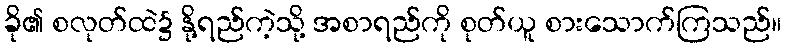
ခို၏ စလုတ်ထဲ၌ နို့ရည်ကဲ့သို့ အစာရည်ကို စုတ်ယူ စားသောက်ကြသည်။